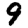
Digit: 9